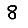
Digit: 8